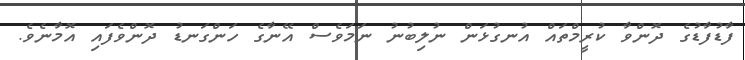
ފާޑުފާޑުގެ ދޮންވާ ކުރީމްތައް އުނގުޅަން ނުލިބުނު ނަމަވެސް އޭނާގެ ހަންގަނޑު ދޮންވެފައި އޮމާނެވެ.